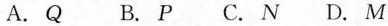
A.Q B.P C.N D.M